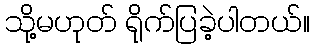
သို့မဟုတ် ရိုက်ပြခဲ့ပါတယ်။